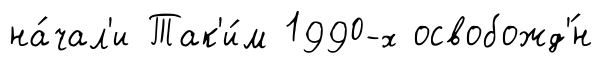
на́чал'и Так'и́м 1990-х освобожд'́н